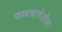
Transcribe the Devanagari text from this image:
फळबागेतील